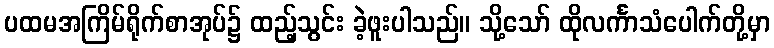
ပထမအကြိမ်ရိုက်စာအုပ်၌ ထည့်သွင်း ခဲ့ဖူးပါသည်။ သို့သော် ထိုလင်္ကာသံပေါက်တို့မှာ